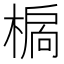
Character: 𣗉